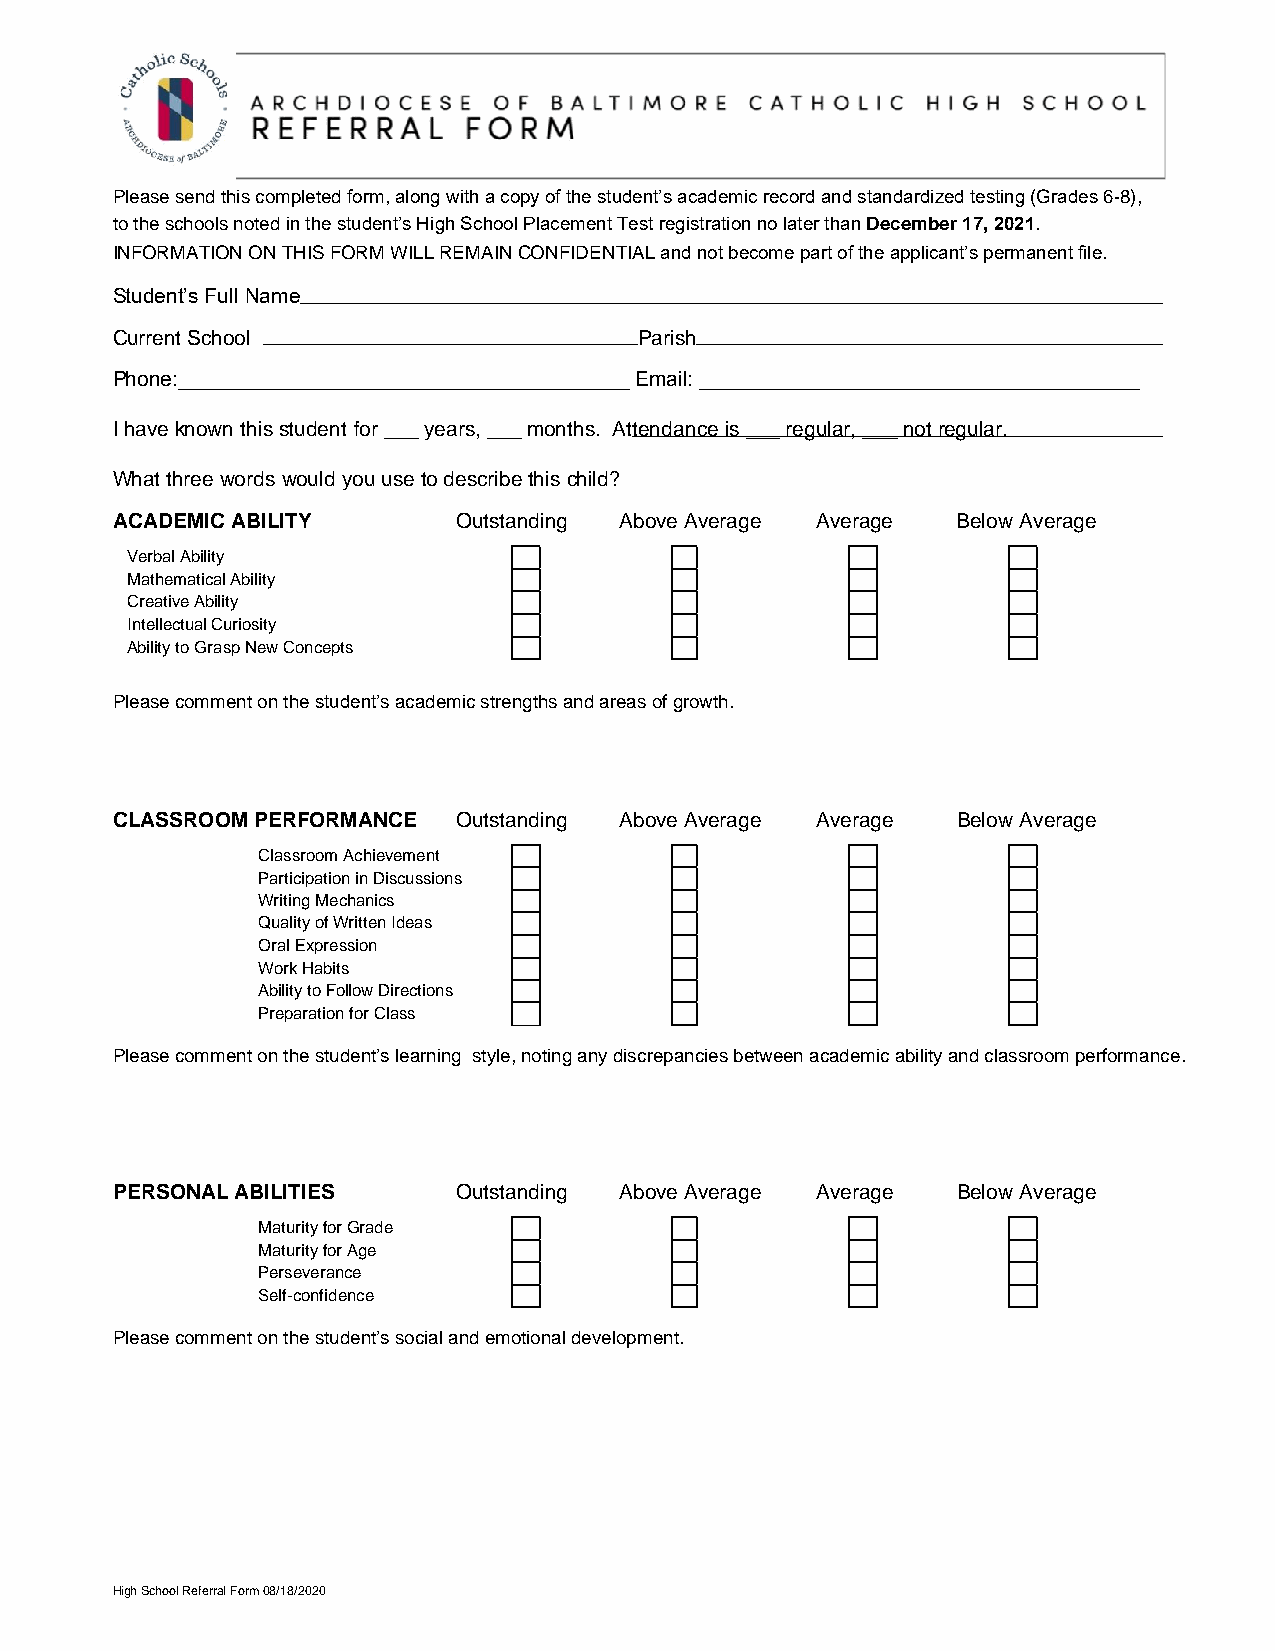
Please send this completed form, along with a copy of the student’s academic record and standardized testing (Grades 6-8),
 to the schools noted in the student’s High School Placement Test registration no later than December 17, 2021.
 INFORMATION ON THIS FORM WILL REMAIN CONFIDENTIAL and not become part of the applicant’s permanent file.
 Student’s Full Name
 Current School                     Parish
 Phone:_______________________________________ Email: ______________________________________
 I have known this student for ___ years, ___ months. Attendance is ___ regular, ___ not regular.
 What three words would you use to describe this child?
 ACADEMIC ABILITY       Outstanding Above Average Average Below Average
 Verbal Ability
 Mathematical Ability
 Creative Ability
 Intellectual Curiosity
 Ability to Grasp New Concepts
 Please comment on the student’s academic strengths and areas of growth.
 CLASSROOM PERFORMANCE  Outstanding Above Average Average Below Average
 Classroom Achievement
 Participation in Discussions
 Writing Mechanics
 Quality of Written Ideas
 Oral Expression
 Work Habits
 Ability to Follow Directions
 Preparation for Class
 Please comment on the student’s learning style, noting any discrepancies between academic ability and classroom performance.
 PERSONAL ABILITIES     Outstanding Above Average Average Below Average
 Maturity for Grade
 Maturity for Age
 Perseverance
 Self-confidence
 Please comment on the student’s social and emotional development.
 High School Referral Form 08/18/2020